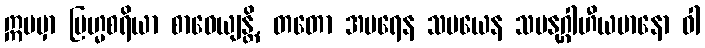
ဣမမှာ ဗြဟ္မစရိယာ စာဝေယျန္တိ, တတော အပရေန သမယေန သမနုဂ္ဂါဟီယမာနော ဝါ